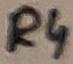
Text: R4